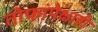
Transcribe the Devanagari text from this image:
तोफांपेक्षाही